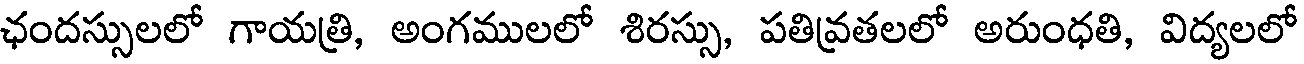
ఛందస్సులలో గాయత్రి, అంగములలో శిరస్సు, పతివ్రతలలో అరుంధతి, విద్యలలో